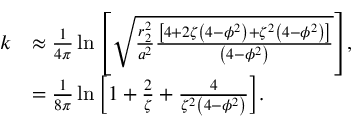
\begin{array} { r l } { k } & { \approx \frac { 1 } { 4 \pi } \ln { \left[ \sqrt { \frac { r _ { 2 } ^ { 2 } } { a ^ { 2 } } \frac { \left[ 4 + 2 \zeta \left( 4 - \phi ^ { 2 } \right) + \zeta ^ { 2 } \left( 4 - \phi ^ { 2 } \right) \right] } { \left( 4 - \phi ^ { 2 } \right) } } \right] } , } \\ & { = \frac { 1 } { 8 \pi } \ln { \left[ 1 + \frac { 2 } { \zeta } + \frac { 4 } { \zeta ^ { 2 } \left( 4 - \phi ^ { 2 } \right) } \right] } . } \end{array}